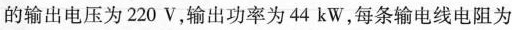
的输出电压为220V，输出功率为44kW，每条输电线电阻为